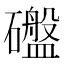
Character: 䃲